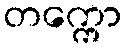
တက္ကော